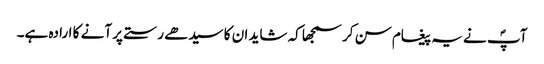
آپؐ نے یہ پیغام سن کر سمجھا کہ شاید ان کا سیدھے رستے پر آنے کا ارادہ ہے۔